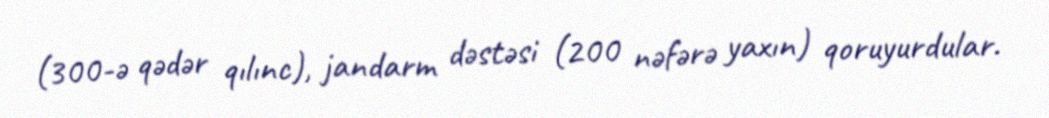
(300-ə qədər qılınc), jandarm dəstəsi (200 nəfərə yaxın) qoruyurdular.